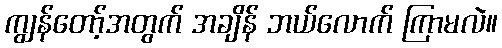
ကျွန်တော့်အတွက် အချိန် ဘယ်လောက် ကြာမလဲ။